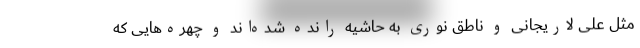
مثل علی لاریجانی و ناطق نوری به حاشیه رانده شده‌اند و چهره‌هایی که